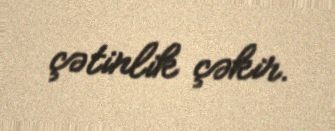
çətinlik çəkir.